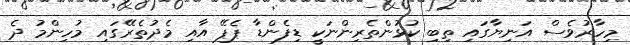
މިހާރުވެސް އަނިޔާގައި ތިބި ކުޅުންތެރިންނަކީ ޑިފެންޑާ ޕެޕޭ އާއި މެދުތެރޭގައި މުހިންމު ދެ